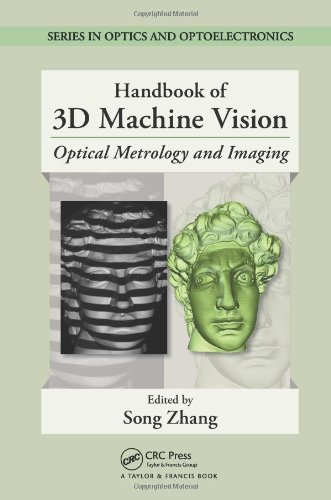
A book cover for Handbook of 3D Machine Vision: Optical Metrology and Imaging (Series in Optics and Optoelectronics); Science & Math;